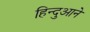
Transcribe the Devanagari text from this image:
हिन्दुआने